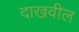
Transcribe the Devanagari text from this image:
दाखवील